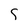
Character: S